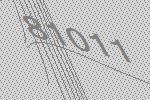
81011